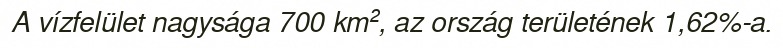
A vízfelület nagysága 700 km², az ország területének 1,62%-a.